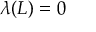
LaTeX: \lambda ( L ) = 0